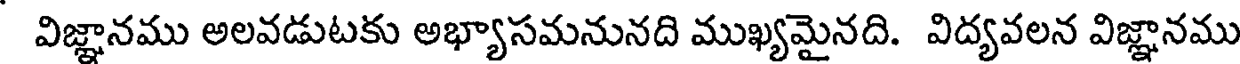
విజ్ఞానము అలవడుటకు అభ్యాసమనునది ముఖ్యమైనది. విద్యవలన విజ్ఞానము